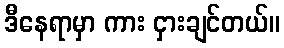
ဒီနေရာမှာ ကား ငှားချင်တယ်။